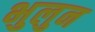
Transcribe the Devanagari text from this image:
भुलुन